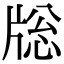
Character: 𤗉